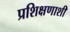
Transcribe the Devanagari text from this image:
प्रशिक्षणाशी